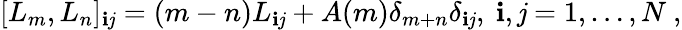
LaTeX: [L_{m},L_{n}]_{\mathbf{i}\mathit{j}}=(m-n)L_{\mathbf{i}\mathit{j}}+A(m)\delta_{m+n}\delta_{\mathbf{i}\mathit{j}},\ \mathbf{i},\mathit{j}=1,\dots,N\ ,